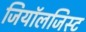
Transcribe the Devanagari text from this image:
जियॉलजिस्ट